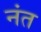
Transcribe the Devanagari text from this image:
नंत